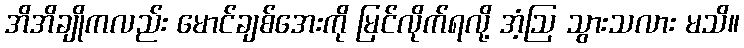
အိအိချိုကလည်း မောင်ချစ်အေးကို မြင်လိုက်ရလို့ အံ့ဩ သွားသလား မသိ။